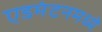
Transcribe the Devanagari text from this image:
एडमंटनमध्ये